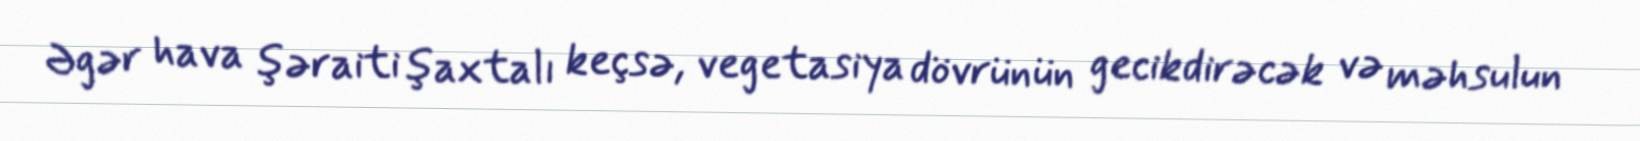
Əgər hava şəraiti şaxtalı keçsə, vegetasiya dövrünün gecikdirəcək və məhsulun